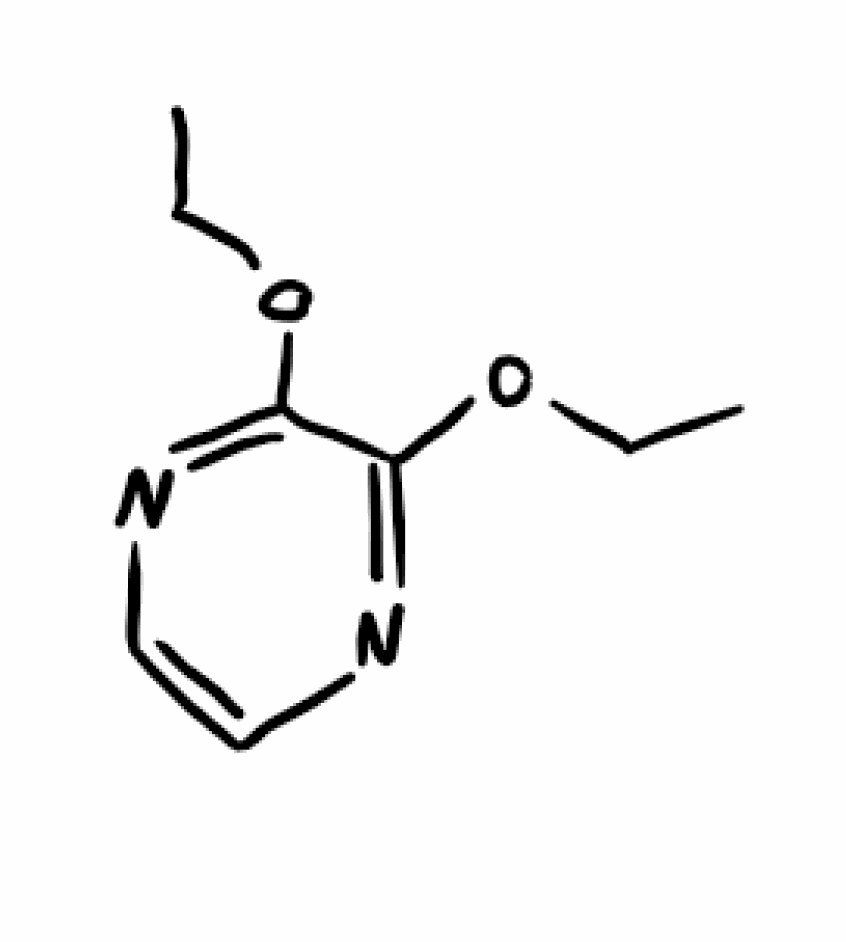
Simplified molecular-input line-entry system (SMILES) notation of the given molecule:
CCOC1=NC=CN=C1OCC